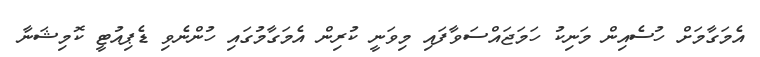
އެމަގާމަށް ހުސެއިން މަނިކު ހަމަޖައްސަވާފައި މިވަނީ ކުރިން އެމަގާމުގައި ހުންނެވި ޑެޕިއުޓީ ކޮމިޝަނާ